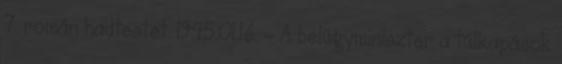
7. román hadtestet. 1945.01.16. - A belügyminiszter a túlkapások